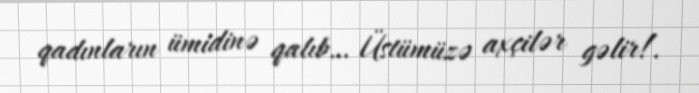
qadınların ümidinə qalıb… Üstümüzə axçilər gəlir!.